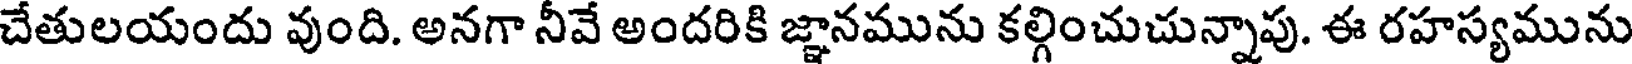
చేతులయందు వుంది. అనగా నీవే అందరికి జ్ఞానమును కల్గించుచున్నాపు. ఈ రహస్యమును